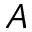
A